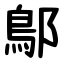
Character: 鄥